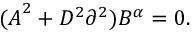
{ ( \cal A } ^ { 2 } + { \cal D } ^ { 2 } \partial ^ { 2 } ) B ^ { \alpha } = 0 .